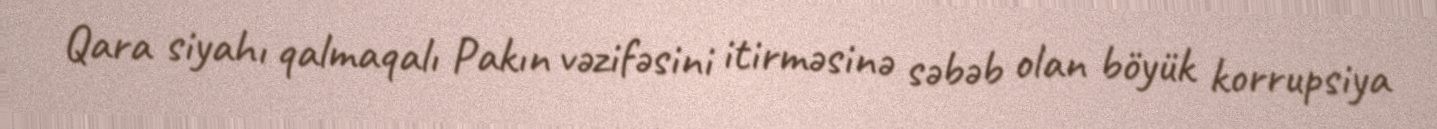
Qara siyahı qalmaqalı Pakın vəzifəsini itirməsinə səbəb olan böyük korrupsiya